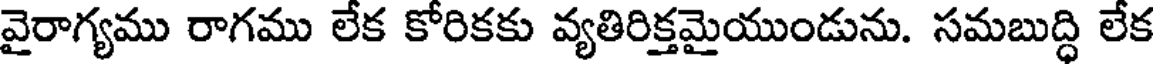
వైరాగ్యము రాగము లేక కోరికకు వ్యతిరిక్తమైయుండును. సమబుద్ధి లేక